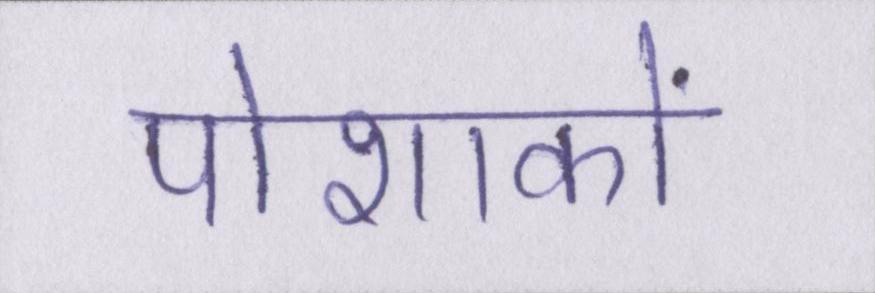
पोशाकों